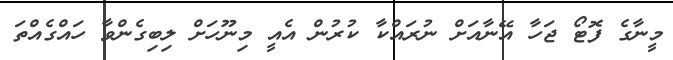
މީނާގެ ފޮޓޯ ޖަހާ އޭނާއަށް ނުރައްކާ ކުރުން އެއީ މިނޫހަށް ލިބިގެންވާ ހައްގެއްތަ